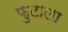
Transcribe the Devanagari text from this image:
फुटाला